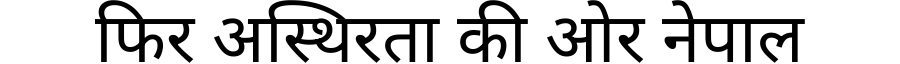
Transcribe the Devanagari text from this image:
फिर अस्थिरता की ओर नेपाल